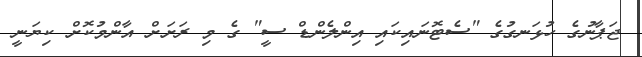
ޖަޕާނުގެ ހުޅަނގުގެ "ސެޓޮނައިކައި އިންލެންޑް ސީ" ގެ މި ރަށަށް އާންމުކޮށް ކިޔަނީ